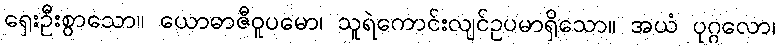
ရှေးဦးစွာသော။ ယောဓာဇီဝူပမော၊ သူရဲကောင်းလျင်ဥပမာရှိသော။ အယံ ပုဂ္ဂလော၊